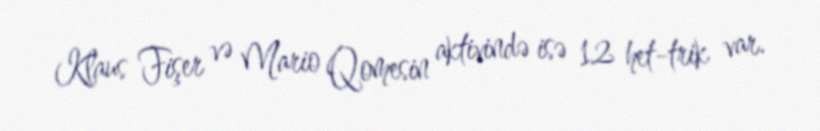
Klaus Fişer və Mario Qomesin aktivində isə 12 het-trik var.